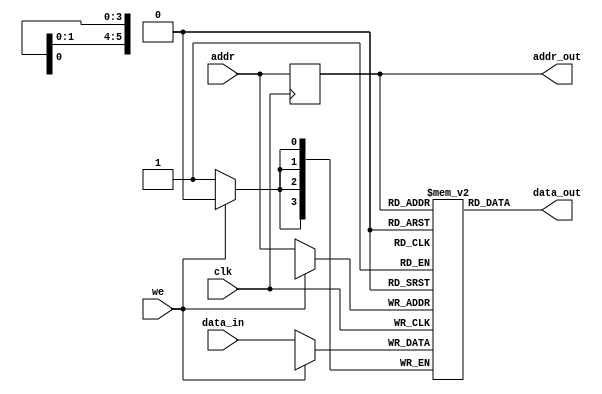
module lab7_3

#(parameter DATA_WIDTH=4, parameter ADDR_WIDTH=6)

(
    input [(DATA_WIDTH-1):0] data_in,
    input [(ADDR_WIDTH-1):0] addr,
    input we, clk,
    output [(DATA_WIDTH-1):0] data_out,
    output [(ADDR_WIDTH-1):0] addr_out
);

    // Memory array and address register:
    reg [DATA_WIDTH-1:0] ram[0:2**ADDR_WIDTH-1];
    reg [ADDR_WIDTH-1:0] addr_reg;

    wire w_we = ~ we;
    wire w_clk = ~ clk;

    always @ (posedge w_clk)
    begin
        if (w_we)                      // write enable = 1
            ram[addr] <= data_in;      // write input data to memory

        addr_reg <= addr;              // latch address in internal register
    end

    assign data_out = ram[addr_reg];   // read data at latched address
    assign addr_out = addr_reg;        

endmodule